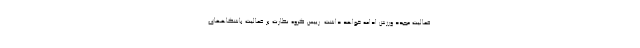
فعالیت مجدد ورزش ادامه خواهد داشت. رییس گروه نظارت بر فعالیت باشگاههای